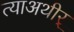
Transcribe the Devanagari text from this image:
त्याअथीर्